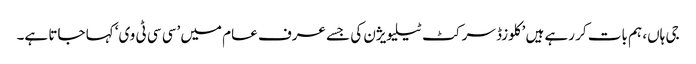
جی ہاں، ہم بات کر رہے ہیں ’کلوزڈ سرکٹ ٹیلیویژن کی جسے عرف عام میں ’سی سی ٹی وی‘ کہا جاتا ہے۔